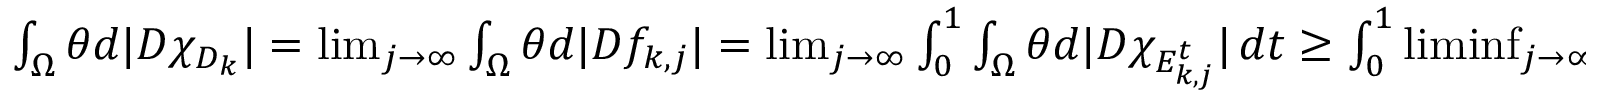
\begin{array} { r } { \int _ { \Omega } \theta d | D \chi _ { D _ { k } } | = \operatorname* { l i m } _ { j \to \infty } \int _ { \Omega } \theta d | D f _ { k , j } | = \operatorname* { l i m } _ { j \to \infty } \int _ { 0 } ^ { 1 } \int _ { \Omega } \theta d | D \chi _ { E _ { k , j } ^ { t } } | \, d t \geq \int _ { 0 } ^ { 1 } \operatorname* { l i m i n f } _ { j \to \infty } \int _ { \Omega } \theta d | D \chi _ { E _ { k , j } ^ { t } } | \, d t . } \end{array}